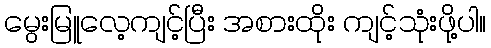
မွေးမြူလေ့ကျင့်ပြီး အစားထိုး ကျင့်သုံးဖို့ပါ။